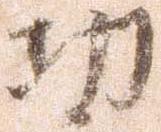
切